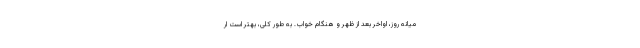
میانه روز، اواخر بعد از ظهر و هنگام خواب. به طور کلی، بهتر است ار